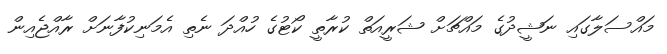
މައްސަލާގައި ނަޝީދުގެ މައްޗަށް ޝަރީއަތް ކުރާތީ ކޯޓުގެ ހުއްދަ ނެތި އެމަނިކުފާނަށް ރާއްޖެއިން